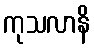
ကုသလာနိ